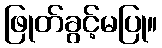
ဖြုတ်ခွင့်မပြု။